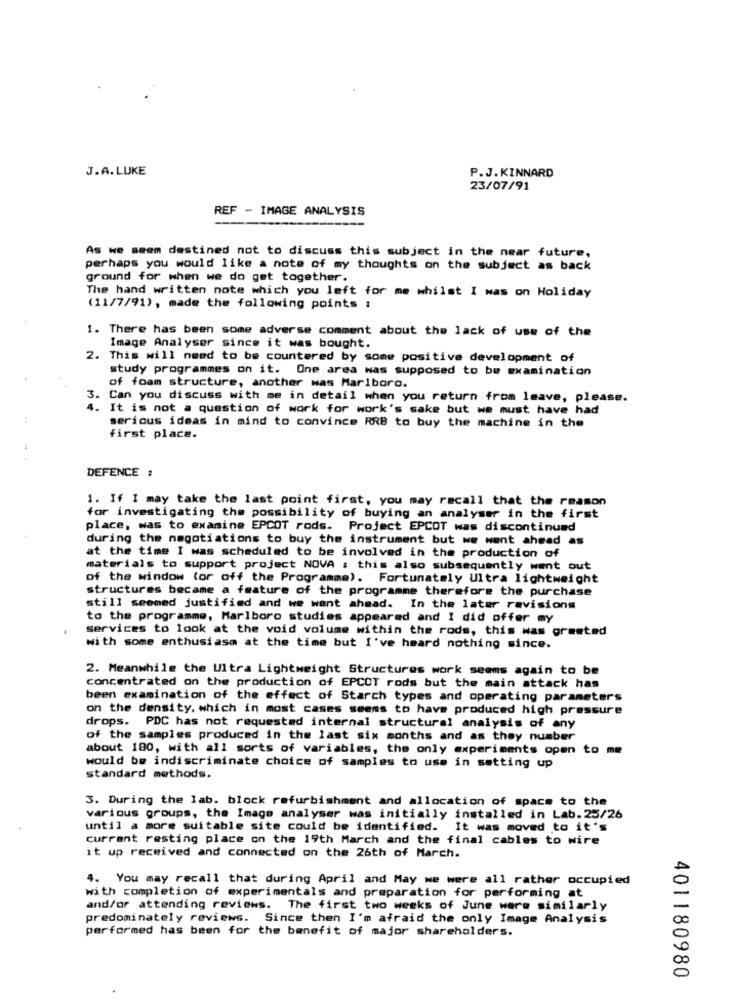
J.A.LUKE
P.J.KINNARD
23/07/91
REF - IMAGE ANALYSIS
As we seem destined not to discuss this subject in the near future,
perhaps you would like a note of my thoughts on the subject as back
ground for when we do get together.
The hand written note which you left for me whilst I was on Holiday
(11/7/91), made the following points :
1. There has been some adverse comment about the lack of use of the
Image Analyser since it was bought.
2. This will need to be countered by some positive development of
study programmes on it. One area was supposed to be examination
of foam structure, another was Marlboro.
3. Can you discuss with me in detail when you return from leave, please.
4. It is not a question of work for work's sake but we must have had
serious ideas in mind to convince RRB to buy the machine in the
first place.
DEFENCE :
1. If I may take the last point first, you may recall that the reason
for investigating the possibility of buying an analyser in the first
place, was to examine EPCOT rods. Project EPCOT was discontinued
during the negotiations to buy the instrument but we went ahead as
at the time I was scheduled to be involved in the production of
materials to support project NOVA : this also subsequently went out
of the window (or off the Programme). Fortunately Ultra lightweight
structures became a feature of the programme therefore the purchase
still seemed justified and we went ahead. In the later revisions
to the programme, Marlboro studies appeared and I did offer my
services to look at the void volume within the rods, this was greeted
with some enthusiasm at the time but I've heard nothing since.
2. Meanwhile the Ultra Lightweight Structures work seems again to be
concentrated on the production of EPCOT rods but the main attack has
been examination of the effect of Starch types and operating parameters
on the density, which in most cases seems to have produced high pressure
drops. PDC has not requested internal structural analysis of any
of the samples produced in the last six months and as they number
about 180, with all sorts of variables, the only experiments open to me
would be indiscriminate choice of samples to use in setting up
standard methods.
3. During the lab. block refurbishment and allocation of space to the
various groups, the Image analyser was initially installed in Lab. 25/26
until a more suitable site could be identified. It was moved to it's
current resting place on the 19th March and the final cables to wire
it up received and connected on the 26th of March.
4. You may recall that during April and May we were all rather occupied
with completion of experimentals and preparation for performing at
and/or attending reviews. The first two weeks of June were similarly
predominately reviews. Since then I'm afraid the only Image Analysis
performed has been for the benefit of major shareholders.
401180980